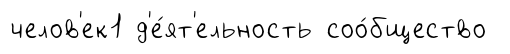
челов'ек1 д'е́ят'ельность соо́бщество